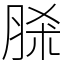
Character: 脎